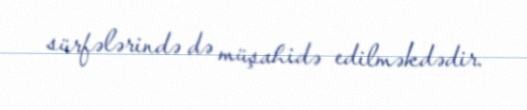
sürfələrində də müşahidə edilməkdədir.